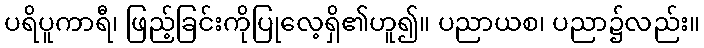
ပရိပူကာရီ၊ ဖြည့်ခြင်းကိုပြုလေ့ရှိ၏ဟူ၍။ ပညာယစ၊ ပညာ၌လည်း။